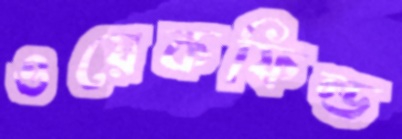
ওয়েকফিল্ড